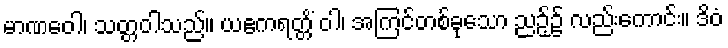
မာဏဝေါ၊ သတ္တဝါသည်။ ယဧကရတ္တိံ ဝါ၊ အကြင်တစ်ခုသော ညဉ့်၌ လည်းကောင်း။ ဒိဝံ